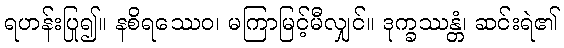
ရဟန်းပြု၍။ နစိရဿေဝ၊ မကြာမြင့်မီလျှင်။ ဒုက္ခဿန္တံ၊ ဆင်းရဲ၏